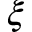
\xi